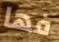
فها